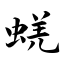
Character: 蜣